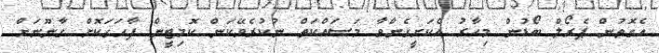
އެގޮތުން ޕެރޯލް ބޯޑުން މިހާރު އެކަށީގެންވާ މަސައްކަތް ނުކުރެވޭކަން ކޮމިޓީން ފާހަގަކޮށް ގާނޫނަށް